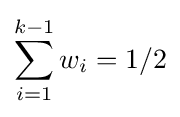
\sum _{i=1}^{k-1}w_{i}=1/2